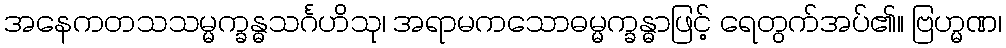
အနေကတသသမ္မက္ခန္ဓသင်္ဂဟိသု၊ အရာမကသောဓမ္မက္ခန္ဓာဖြင့် ရေတွက်အပ်၏။ ဗြဟ္မဏ၊